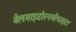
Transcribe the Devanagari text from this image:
क्लेमाइढोस्पर्मोफाइटा